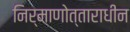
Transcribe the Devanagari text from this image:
निर्माणोत्ताराधीन